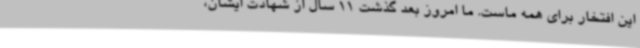
این افتخار برای همه ماست. ما امروز بعد گذشت 11 سال از شهادت ایشان،